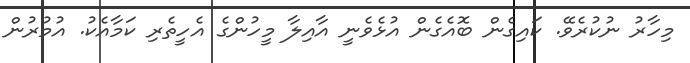
މިހާރު ނުކުރެވޭ. ކައިގެން ބޮއެގެން އުޅެވެނީ އާއިލާ މީހުންގެ އެހީތެރި ކަމާއެކު. އުމުރުން